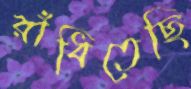
রাঁধিতেছি